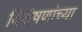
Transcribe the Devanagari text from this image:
विशेषणांच्या